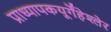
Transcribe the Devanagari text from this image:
प्राध्यापकयूर्गेंहेश्लेर